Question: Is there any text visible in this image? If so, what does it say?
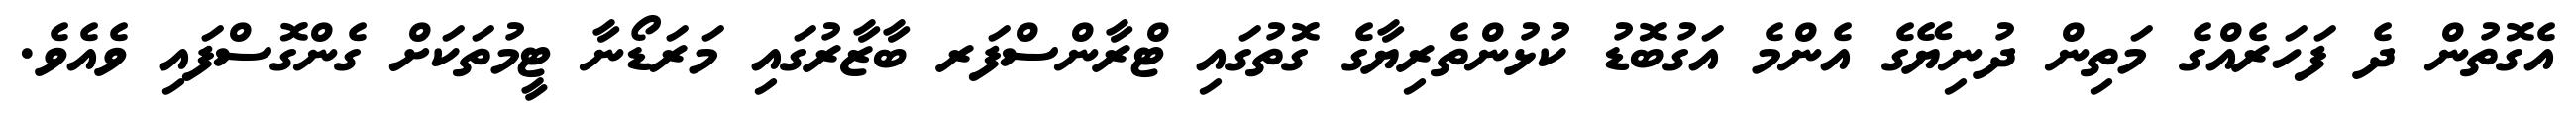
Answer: އެގޮތުން ދެ ފަހަރެއްގެ މަތިން ދުނިޔޭގެ އެންމެ އަގުބޮޑު ކުޅުންތެރިޔާގެ ގޮތުގައި ޓްރާންސްފަރ ބާޒާރުގައި މަރަޑޯނާ ޓީމުތަކަށް ގެންގޮސްފައި ވެއެވެ.